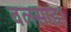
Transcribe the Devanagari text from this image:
वलसाड।